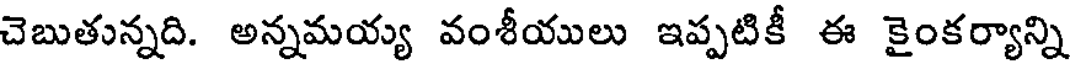
చెబుతున్నది. అన్నమయ్య వంశీయులు ఇప్పటికీ ఈ కైంకర్యాన్ని